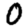
Digit: 0